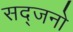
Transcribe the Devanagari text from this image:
सद्जनो